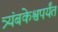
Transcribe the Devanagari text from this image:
त्र्यंबकेश्वपर्यंत